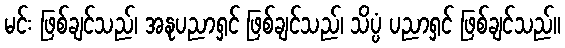
မင်း ဖြစ်ချင်သည်၊ အနုပညာရှင် ဖြစ်ချင်သည်၊ သိပ္ပံ ပညာရှင် ဖြစ်ချင်သည်။